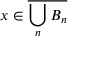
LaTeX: x \in { \overline { { \bigcup _ { n } B _ { n } } } }